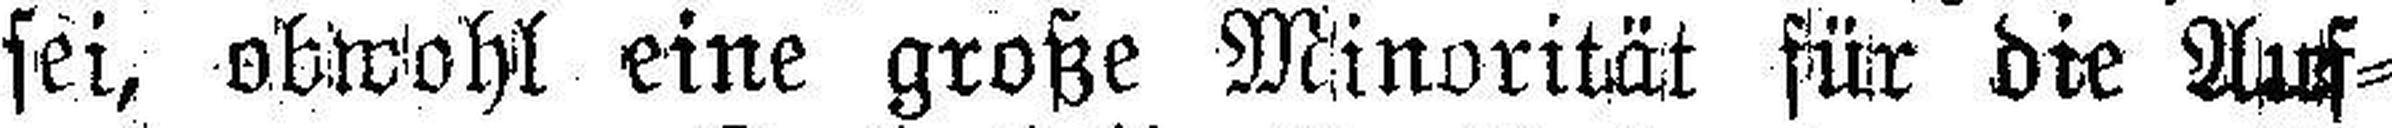
sei, obwohl eine große Minorität für die Auf¬